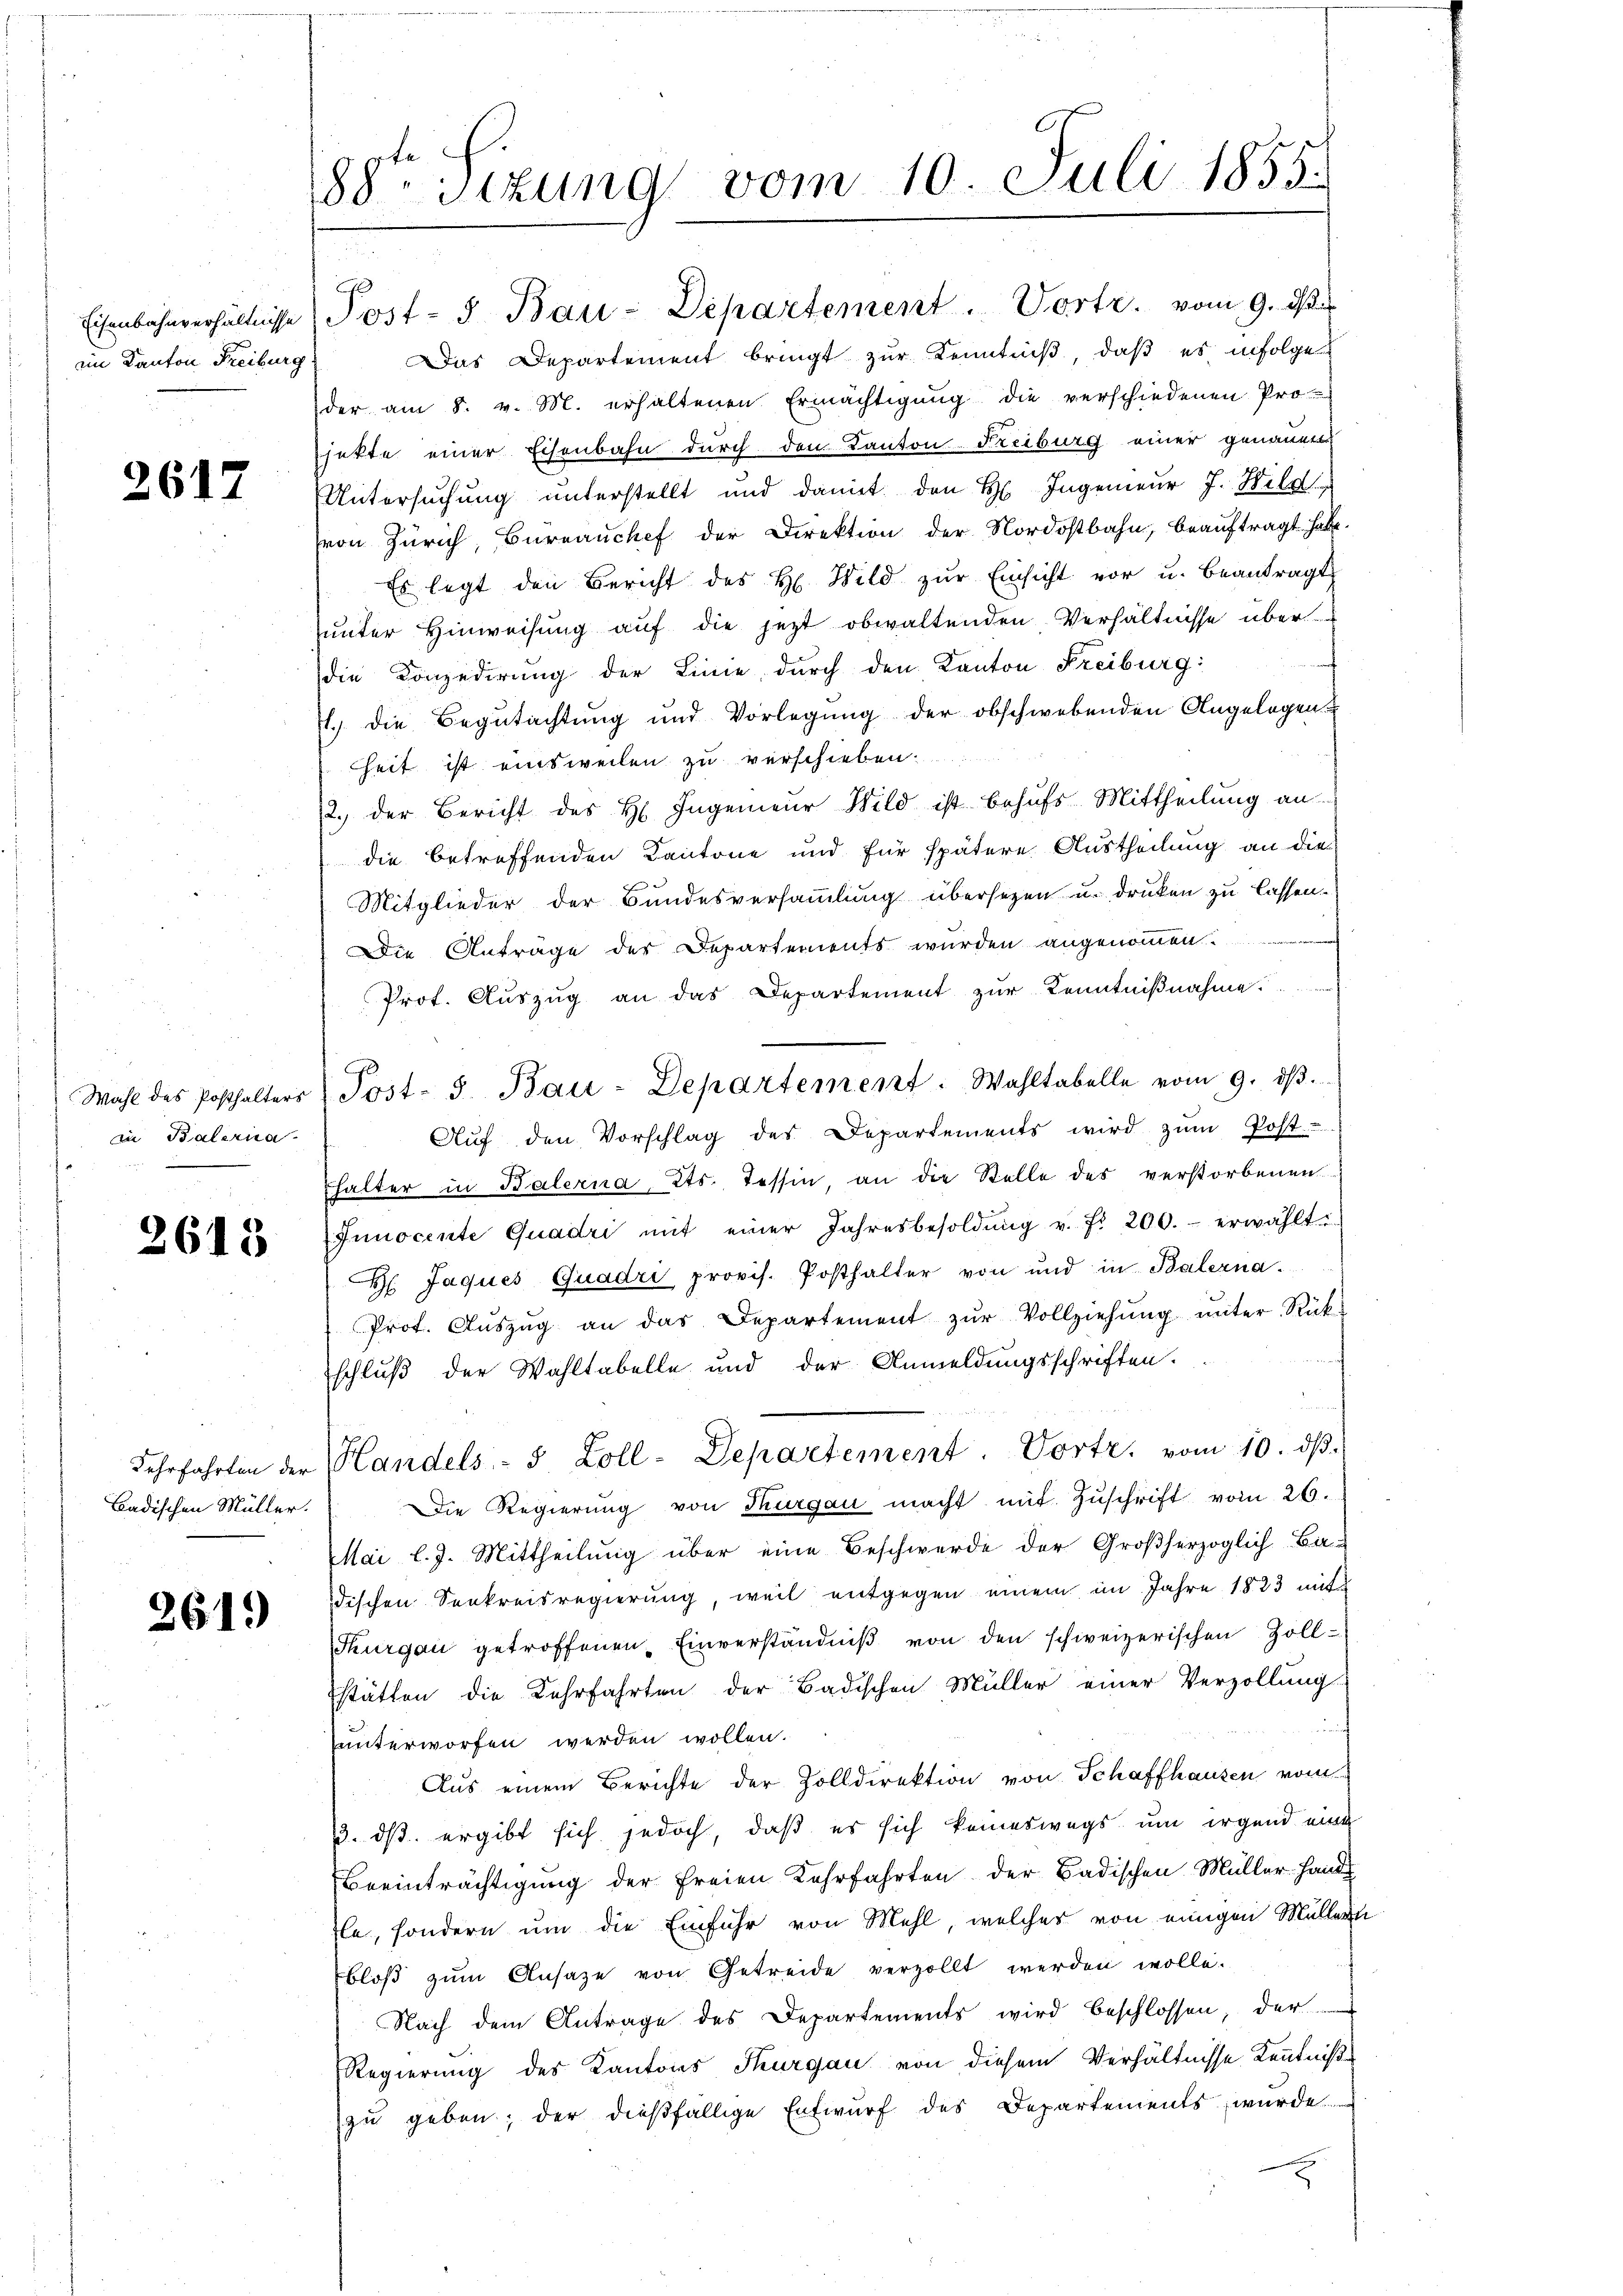
Eisenbahnverhältnisse
im Kanton Freiburg

2617

in Balerna

2613

Badischen Müller.

261.

88itzung vom 10. Juli 1855.

Post- u Bau-Departement. Vortr. vom 9. d.

Es legt den Bericht des H. Wild zŭr Einsicht vor u. beantragt
unter Hinweisung auf die jetzt obwaltenden Verhältnisse über
die Conzedirung der Linie durch den Kanton Freiburg:
1.) Die Begŭtachtŭng und Vorlegŭng der obschwebenden Angelegen-
heit ist einsweilen zu verschieben.
2. der Bericht des H. Ingenieŭr Wild ist behŭfs Mittheilung an
die betreffenden Kantone und für spätere Austheilung an die
Mitglieder der Bundesversammlung übersetzen u. drucken zu lassen.
Die Anträge der Departements wurden angenommen.
Prot. Auszug an das Departement zur Kenntnißnahme.
Aŭf den Vorschlag des Departements wird zŭm Post-
halter in Balerna, Cts. Tessin an die Stelle des verstorbenen
Innocente Quadri mit einer Jahresbesoldŭng u. fr. 200.- erwählt.
: Jaques Quadri provis. Posthalter von und in Balerna.
Prot. Aŭszŭg an das Departement zŭr Vollziehŭng ŭnter Rück-
schluß der Wahltabelle und der Anmeldungsschriften.
Lehrfahrten der Handels- 5 Zoll-Departement. Vorte, vom 10. dβ.
Die Regierung von Thurgau macht mit Zŭschrift vom 26.
Mai l. J. Mittheilung über eine Beschwerde der Großherzoglich-Ba
dischen Seekreisregierung, weil entgegen einem im Jahre 1823 mit
Thurgau getroffenen Einverständniβ von den schweizerischen Zoll-
stätten die Kehrfahrten der Badischen Müller einer Verzöllung
f
unterworfen werden wollen.
Aus einem Berichte der Zolldirektion von Schaffhausen vom
3. ds. ergibt sich jedoch, daß es sich keineswegs um irgend eine
Beeinträchtigung der freien Lehrfahrten der Badischen Müller-Hand
le, sondern um die Einfuhr von Mehl, welches von einigen Müllern
bloβ zŭm Ansage von Getreide verzollt werden wolle.
Nach dem Antrage des Departements wird beschlossen der
Regierung des Kantons Thurgau von diesem Verhältnisse Kenntniße
zu geben; der dießfällige Entwurf des Departements wurde

Wahl des Posthalters (Post- 5. Bau-Departement. Wahltabelle vom 9. dβ.

Das Departement bringt zŭr Kenntniß, daß es infolge
der am 8. v. M. erhaltenen Ermächtigung die verschiedenen Projekte einer Eisenbahn durch den Kanton Freiburg einer genannen
Untersuchung unterstellt und damit den H. Ingenieŭr J. Wild
von Zürich, Bureauchef der Direktion der Nordostbahn, beauftragt habe.